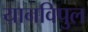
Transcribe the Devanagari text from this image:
यानविपुल